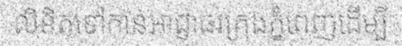
លិខិតទៅកាន់អាជ្ញាធរក្រុងភ្នំពេញដើម្បី